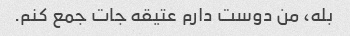
بله، من دوست دارم عتیقه جات جمع کنم.